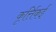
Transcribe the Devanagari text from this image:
कृर्त्तिकई